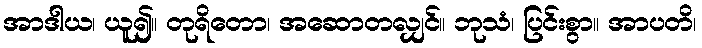
အာဒါယ၊ ယူ၍။ တုရိတော၊ အဆောတလျှင်။ ဘုသံ၊ ပြင်းစွာ။ အာပတိ၊